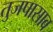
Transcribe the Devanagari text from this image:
तुजपासाव